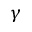
\gamma